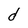
Character: d